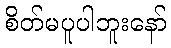
စိတ်မပူပါဘူးနော်